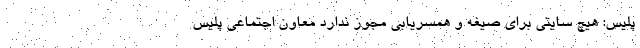
پلیس: هیچ سایتی برای صیغه و همسریابی مجوز ندارد معاون اجتماعی پلیس